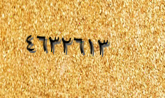
٤٦٣٢٦١٣